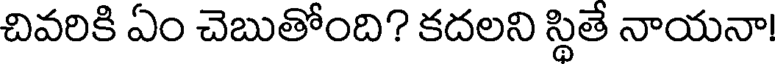
చివరికి ఏం చెబుతోంది? కదలని స్థితే నాయనా!